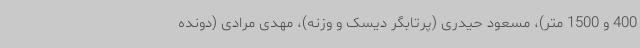
400 و 1500 متر)، مسعود حیدری (پرتابگر دیسک و وزنه)، مهدی مرادی (دونده